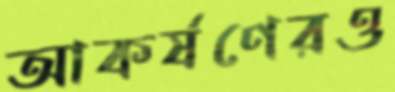
আকর্ষণেরও